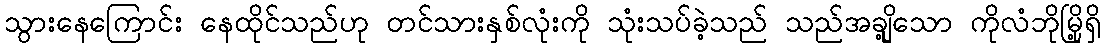
သွားနေကြောင်း နေထိုင်သည်ဟု တင်သားနှစ်လုံးကို သုံးသပ်ခဲ့သည် သည်အချို့သော ကိုလံဘိုမြို့ရှိ